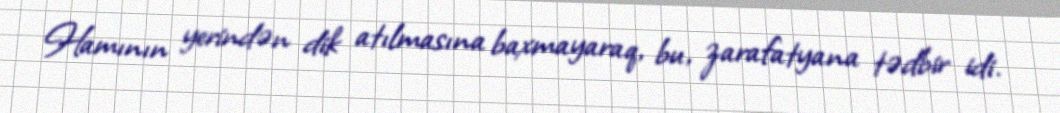
Hamının yerindən dik atılmasına baxmayaraq, bu, zarafatyana tədbir idi.